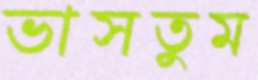
ভাসতুম